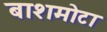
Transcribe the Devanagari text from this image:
बाशमोटा